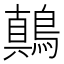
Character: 鷏